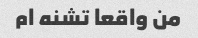
من واقعا تشنه ام